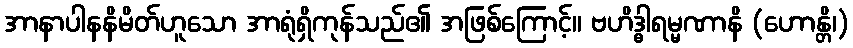
အာနာပါနနိမိတ်ဟူသော အာရုံရှိကုန်သည်၏ အဖြစ်ကြောင့်။ ဗဟိဒ္ဓါရမ္မဏာနိ (ဟောန္တိ၊)